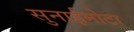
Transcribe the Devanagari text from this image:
सुनाईमोटा